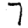
Digit: 7